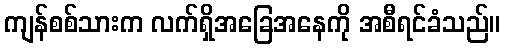
ကျန်စစ်သားက လက်ရှိအခြေအနေကို အစီရင်ခံသည်။